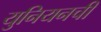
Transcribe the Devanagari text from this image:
युनियनची